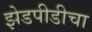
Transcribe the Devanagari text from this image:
झेडपीडीचा